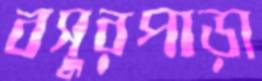
বসুরপাড়া